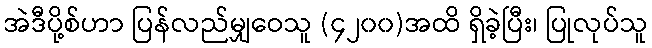
အဲဒီပို့စ်ဟာ ပြန်လည်မျှဝေသူ (၄၂၀၀)အထိ ရှိခဲ့ပြီး၊ ပြုလုပ်သူ